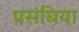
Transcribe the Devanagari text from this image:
प्रसंघिया